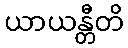
ယာယန္တီတိ